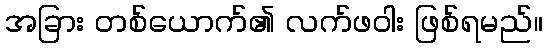
အခြား တစ်ယောက်၏ လက်ဖဝါး ဖြစ်ရမည်။